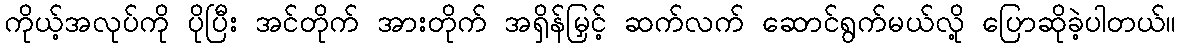
ကိုယ့်အလုပ်ကို ပိုပြီး အင်တိုက် အားတိုက် အရှိန်မြှင့် ဆက်လက် ဆောင်ရွက်မယ်လို့ ပြောဆိုခဲ့ပါတယ်။